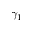
\gamma _ { 1 }